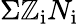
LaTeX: \Sigma\mathbb{Z}_{\mathrm{{i}}}N_{\mathrm{{i}}}